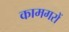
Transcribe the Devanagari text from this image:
कामगरों